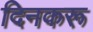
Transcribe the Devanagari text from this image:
दिनकरू